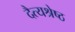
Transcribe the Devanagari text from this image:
दैत्यश्रेष्ठ